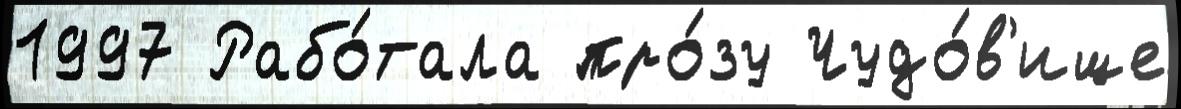
1997 Рабо́тала про́зу Чудо́в'ище